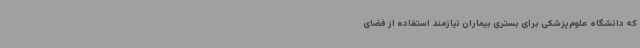
که دانشگاه ‌علوم‌پزشکی برای بستری بیماران نیازمند استفاده از فضای